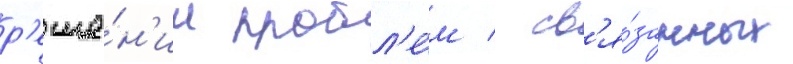
р'еше́н'ии пробл'е́м / св'я́занных